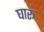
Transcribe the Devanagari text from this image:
घारू